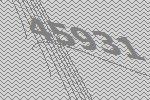
45931